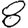
Digit: 8